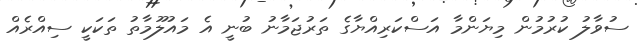
ސުވާލު ކުރުމުން މިޔަންމާ އަސްކަރިއްޔާގެ ތަރުޖަމާނު ބުނީ އެ މައުލޫމާތު ތަކަކީ ސިއްރެއް